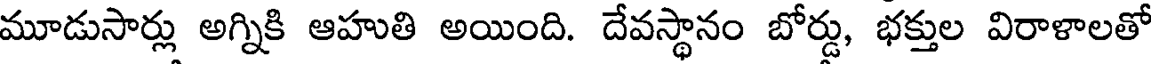
మూడుసార్లు అగ్నికి ఆహుతి అయింది. దేవస్థానం బోర్డు, భక్తుల విరాళాలతో